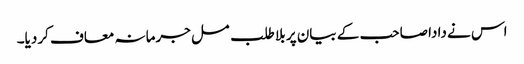
اس نے دادا صاحب کے بیان پر بلا طلب مسل جرمانہ معاف کردیا۔